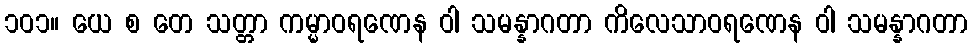
၁၀၁။ ယေ စ တေ သတ္တာ ကမ္မာဝရဏေန ဝါ သမန္နာဂတာ ကိလေသာဝရဏေန ဝါ သမန္နာဂတာ